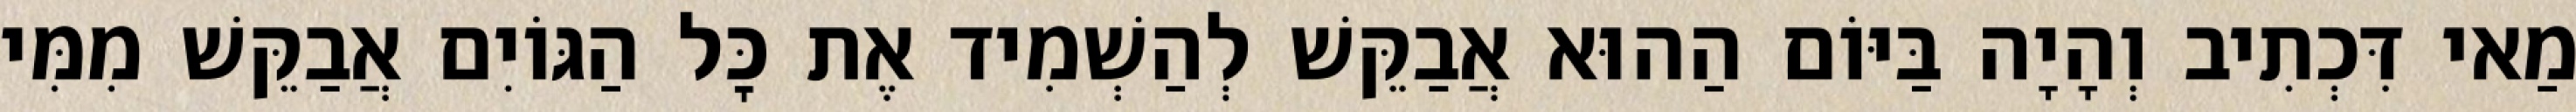
מַאי דִּכְתִיב וְהָיָה בַּיּוֹם הַהוּא אֲבַקֵּשׁ לְהַשְׁמִיד אֶת כׇּל הַגּוֹיִם אֲבַקֵּשׁ מִמִּי